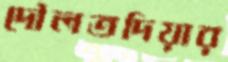
দৌলতদিয়ার